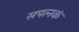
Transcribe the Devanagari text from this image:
सपत्नकं